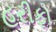
હરીફો